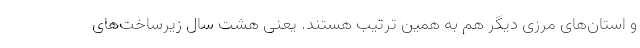
و استان‌های مرزی دیگر هم به همین ترتیب هستند. یعنی هشت سال زیرساخت‌های